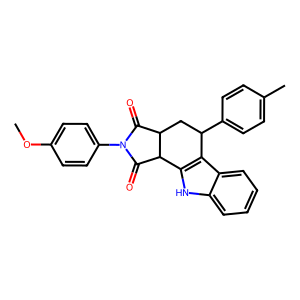
SMILES: COc1ccc(N2C(=O)C3CC(c4ccc(C)cc4)c4c([nH]c5ccccc45)C3C2=O)cc1
Inhibits HIV replication: No